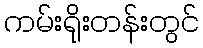
ကမ်းရိုးတန်းတွင်